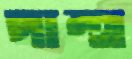
পান্থ